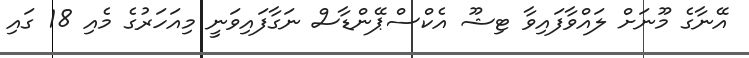
އޭނާގެ މޫނަށް ލައްވާފައިވާ ޓިޝޫ އެކްސްޕޭންޑާސް ނަގާފައިވަނީ މިއަހަރުގެ މެއި 18 ގައި